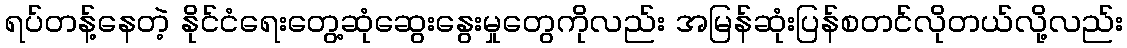
ရပ်တန့်နေတဲ့ နိုင်ငံရေးတွေ့ဆုံဆွေးနွေးမှုတွေကိုလည်း အမြန်ဆုံးပြန်စတင်လိုတယ်လို့လည်း